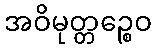
အဝိမုတ္တဉ္စေဝ